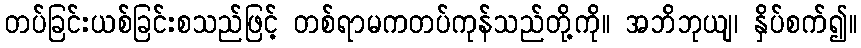
တပ်ခြင်းယစ်ခြင်းစသည်ဖြင့် တစ်ရာမကတပ်ကုန်သည်တို့ကို။ အဘိဘုယျ၊ နှိပ်စက်၍။